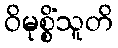
ဝိမုစ္စိံသူတိ